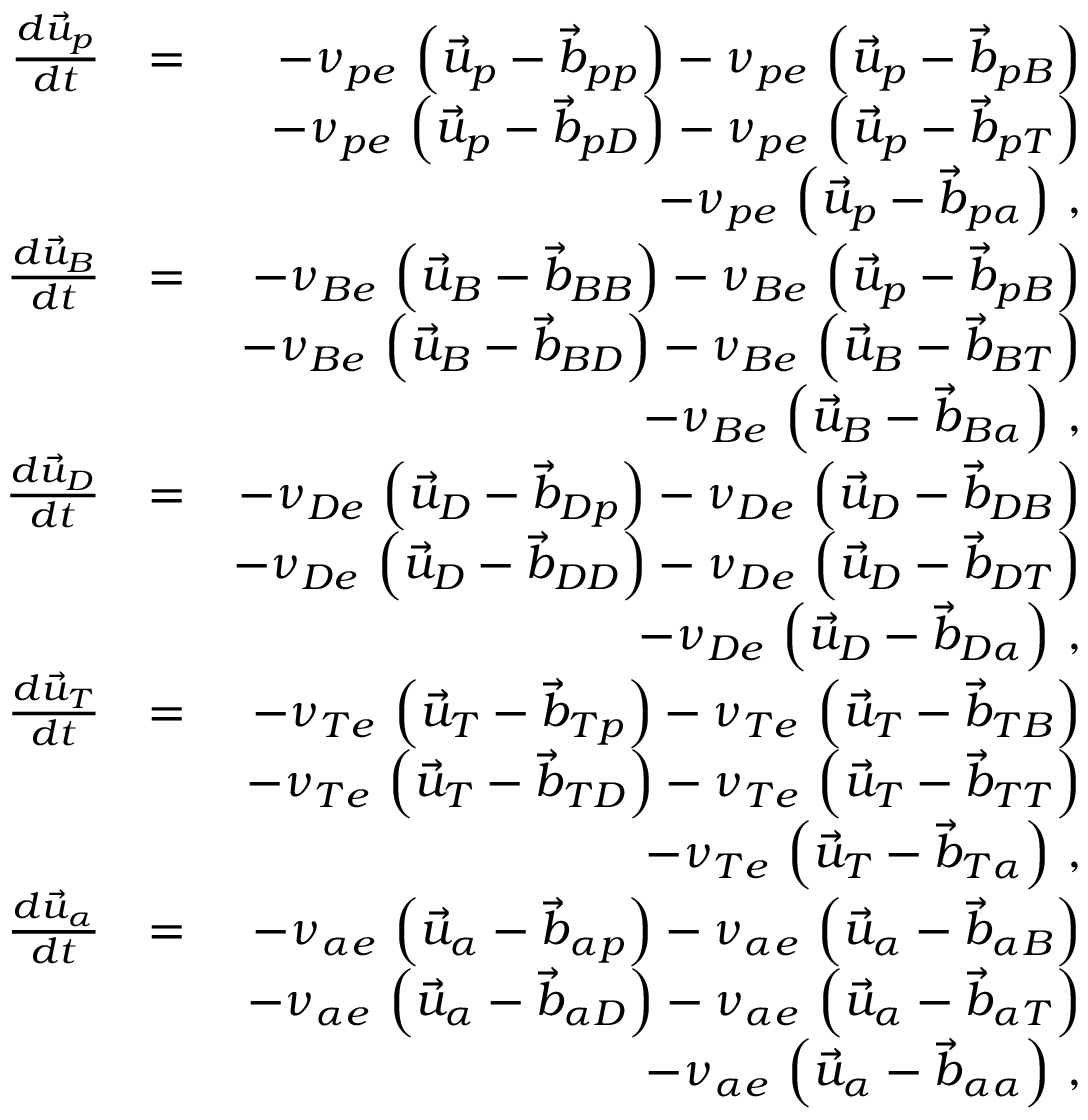
\begin{array} { r l r } { \frac { d \vec { u } _ { p } } { d t } } & { = } & { - \nu _ { p e } \, \left( \vec { u } _ { p } - \vec { b } _ { p p } \right) - \nu _ { p e } \, \left( \vec { u } _ { p } - \vec { b } _ { p B } \right) } \\ & { } & { - \nu _ { p e } \, \left( \vec { u } _ { p } - \vec { b } _ { p D } \right) - \nu _ { p e } \, \left( \vec { u } _ { p } - \vec { b } _ { p T } \right) } \\ & { } & { - \nu _ { p e } \, \left( \vec { u } _ { p } - \vec { b } _ { p \alpha } \right) \, , } \\ { \frac { d \vec { u } _ { B } } { d t } } & { = } & { - \nu _ { B e } \, \left( \vec { u } _ { B } - \vec { b } _ { B B } \right) - \nu _ { B e } \, \left( \vec { u } _ { p } - \vec { b } _ { p B } \right) } \\ & { } & { - \nu _ { B e } \, \left( \vec { u } _ { B } - \vec { b } _ { B D } \right) - \nu _ { B e } \, \left( \vec { u } _ { B } - \vec { b } _ { B T } \right) } \\ & { } & { - \nu _ { B e } \, \left( \vec { u } _ { B } - \vec { b } _ { B \alpha } \right) \, , } \\ { \frac { d \vec { u } _ { D } } { d t } } & { = } & { - \nu _ { D e } \, \left( \vec { u } _ { D } - \vec { b } _ { D p } \right) - \nu _ { D e } \, \left( \vec { u } _ { D } - \vec { b } _ { D B } \right) } \\ & { } & { - \nu _ { D e } \, \left( \vec { u } _ { D } - \vec { b } _ { D D } \right) - \nu _ { D e } \, \left( \vec { u } _ { D } - \vec { b } _ { D T } \right) } \\ & { } & { - \nu _ { D e } \, \left( \vec { u } _ { D } - \vec { b } _ { D \alpha } \right) \, , } \\ { \frac { d \vec { u } _ { T } } { d t } } & { = } & { - \nu _ { T e } \, \left( \vec { u } _ { T } - \vec { b } _ { T p } \right) - \nu _ { T e } \, \left( \vec { u } _ { T } - \vec { b } _ { T B } \right) } \\ & { } & { - \nu _ { T e } \, \left( \vec { u } _ { T } - \vec { b } _ { T D } \right) - \nu _ { T e } \, \left( \vec { u } _ { T } - \vec { b } _ { T T } \right) } \\ & { } & { - \nu _ { T e } \, \left( \vec { u } _ { T } - \vec { b } _ { T \alpha } \right) \, , } \\ { \frac { d \vec { u } _ { \alpha } } { d t } } & { = } & { - \nu _ { \alpha e } \, \left( \vec { u } _ { \alpha } - \vec { b } _ { \alpha p } \right) - \nu _ { \alpha e } \, \left( \vec { u } _ { \alpha } - \vec { b } _ { \alpha B } \right) } \\ & { } & { - \nu _ { \alpha e } \, \left( \vec { u } _ { \alpha } - \vec { b } _ { \alpha D } \right) - \nu _ { \alpha e } \, \left( \vec { u } _ { \alpha } - \vec { b } _ { \alpha T } \right) } \\ & { } & { - \nu _ { \alpha e } \, \left( \vec { u } _ { \alpha } - \vec { b } _ { \alpha \alpha } \right) \, , } \end{array}